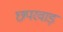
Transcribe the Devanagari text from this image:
छपरवाड़